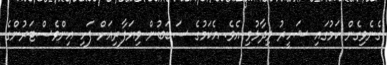
ގެނެވިގެން ކަމުގައި ޝަހީރު ވިދާޅުވި އެވެ. އެކަމުގެ ސަބަބުން ވިޔަފާރިއަށް ފަހި އިންވެސްޓަރުންގެ